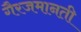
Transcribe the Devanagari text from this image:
गैरजमानती